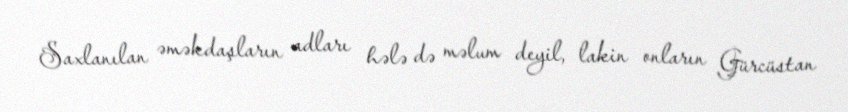
Saxlanılan əməkdaşların adları hələ də məlum deyil, lakin onların Gürcüstan